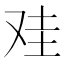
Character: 𰆻